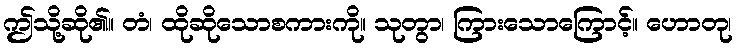
ဤသို့ဆို၏။ တံ၊ ထိုဆိုသောစကားကို။ သုတွာ၊ ကြားသောကြောင့်။ ဟောတု၊